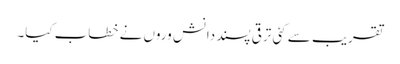
تقریب سے کئی ترقی پسند دانش وروں نے خطاب کیا۔